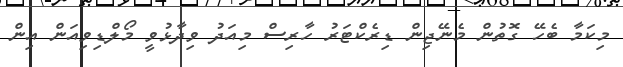
މިކަމާ ބެހޭ ގޮތުން މެނޭޖިން ޑިރެކްޓަރު ހާރިސް މިއަދު ވިދާޅުވީ މޯލްޑިވިއަން އިން